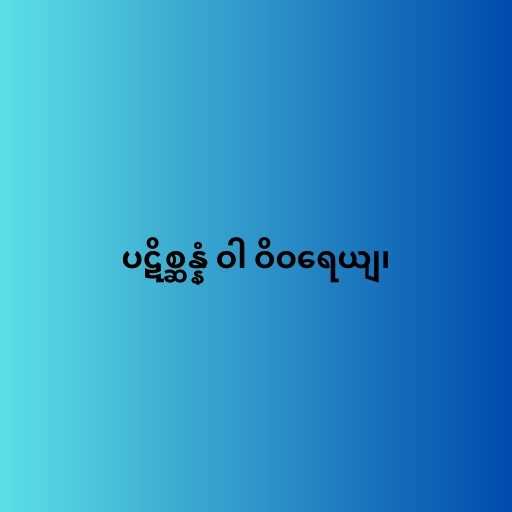
ပဋိစ္ဆန္နံ ဝါ ဝိဝရေယျ၊